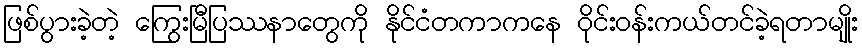
ဖြစ်ပွားခဲ့တဲ့ ကြွေးမြီပြဿနာတွေကို နိုင်ငံတကာကနေ ဝိုင်းဝန်းကယ်တင်ခဲ့ရတာမျိုး